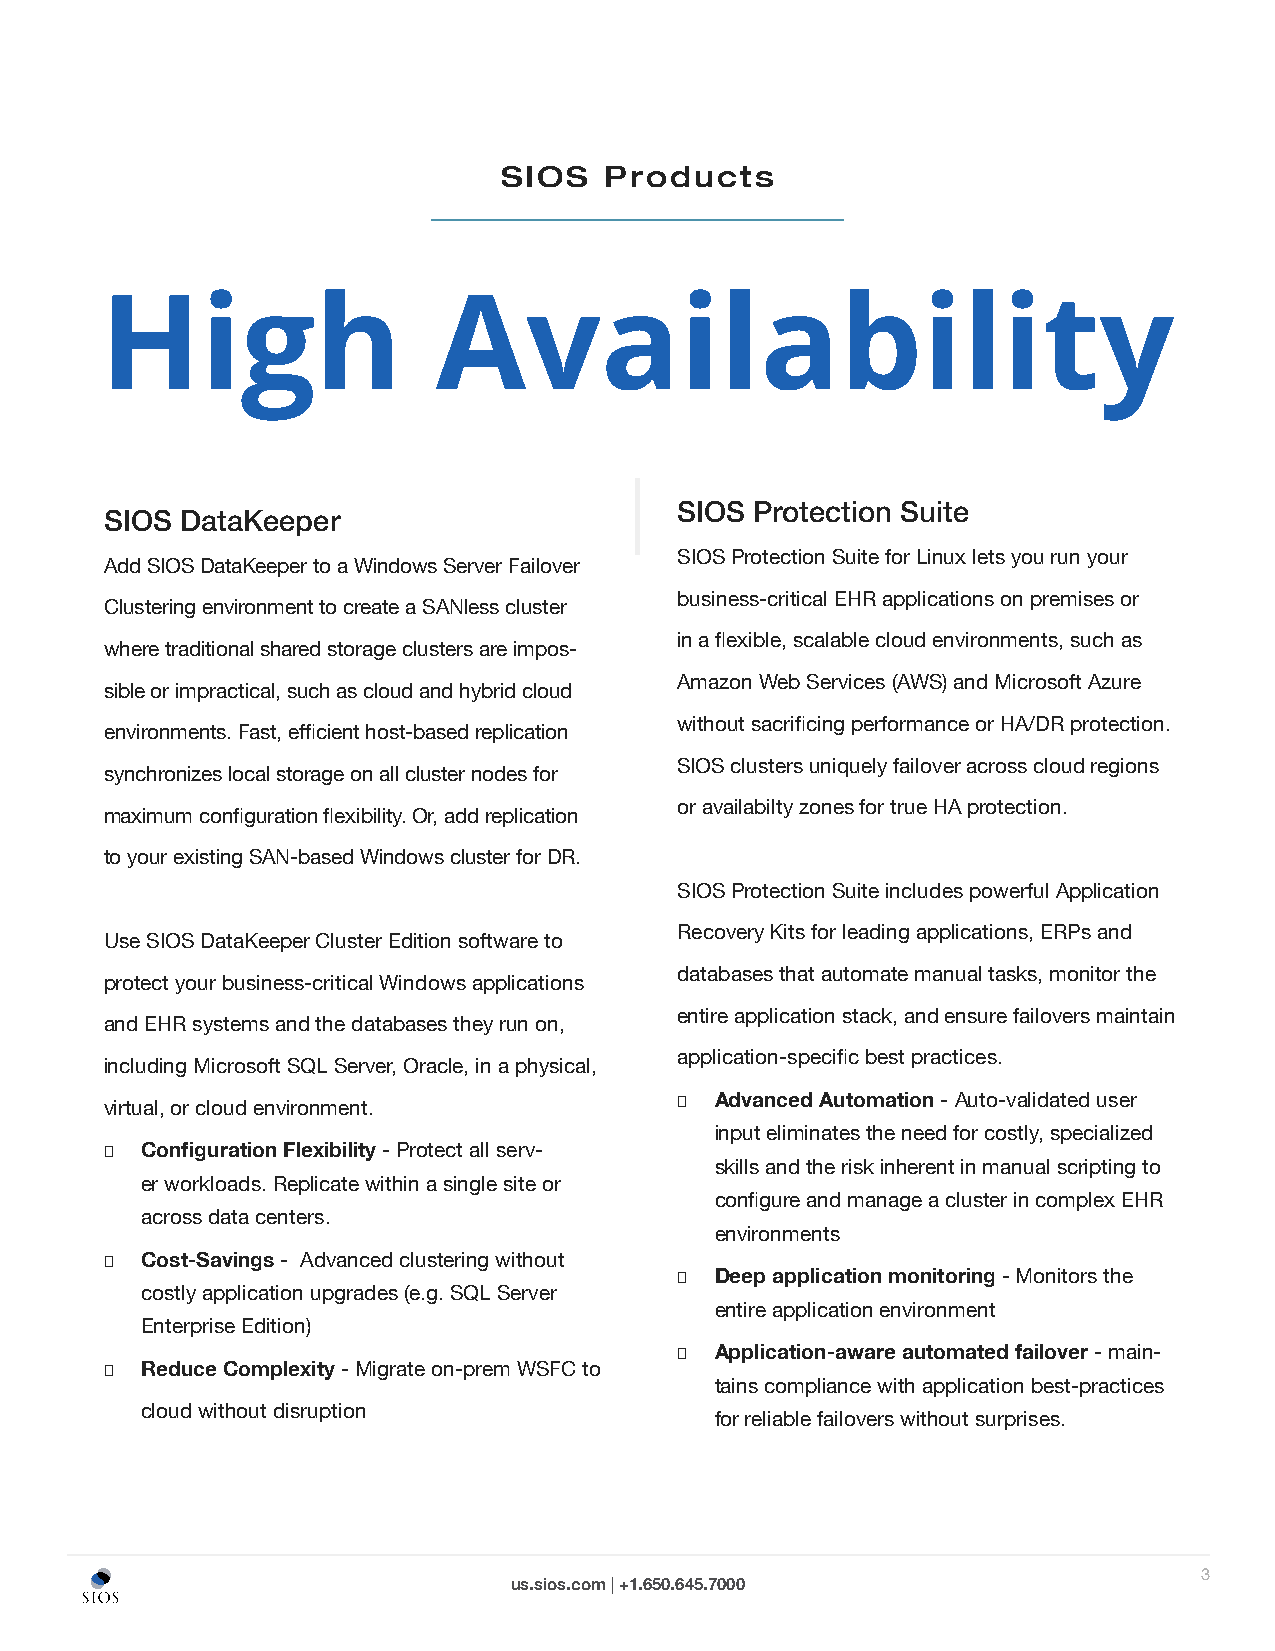
SIOS   Products
 High                  Availability
 SIOS Protection Suite
 SIOS DataKeeper
 SIOS Protection Suite for Linux lets you run your
 Add SIOS DataKeeper to a Windows Server Failover
 business-critical EHR applications on premises or
 Clustering environment to create a SANless cluster
 in a flexible, scalable cloud environments, such as
 where traditional shared storage clusters are impos-
 Amazon Web Services (AWS) and Microsoft Azure
 sible or impractical, such as cloud and hybrid cloud
 without sacrificing performance or HA/DR protection.
 environments. Fast, efficient host-based replication
 SIOS clusters uniquely failover across cloud regions
 synchronizes local storage on all cluster nodes for
 or availabilty zones for true HA protection.
 maximum configuration flexibility. Or, add replication
 to your existing SAN-based Windows cluster for DR.
 SIOS Protection Suite includes powerful Application
 Recovery Kits for leading applications, ERPs and
 Use SIOS DataKeeper Cluster Edition software to
 databases that automate manual tasks, monitor the
 protect your business-critical Windows applications
 entire application stack, and ensure failovers maintain
 and EHR systems and the databases they run on,
 application-specific best practices.
 including Microsoft SQL Server, Oracle, in a physical,
 ● Advanced Automation - Auto-validated user
 virtual, or cloud environment.
 input eliminates the need for costly, specialized
 ● Configuration Flexibility - Protect all serv-
 skills and the risk inherent in manual scripting to
 er workloads. Replicate within a single site or
 configure and manage a cluster in complex EHR
 across data centers.
 environments
 ● Cost-Savings - Advanced clustering without
 ● Deep application monitoring - Monitors the
 costly application upgrades (e.g. SQL Server
 entire application environment
 Enterprise Edition)
 ● Application-aware automated failover - main-
 ● Reduce Complexity - Migrate on-prem WSFC to
 tains compliance with application best-practices
 cloud without disruption
 for reliable failovers without surprises.
 3
 us.sios.com | +1.650.645.7000